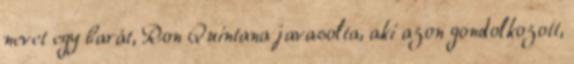
nevet egy barát, Ron Quintana javasolta, aki azon gondolkozott,